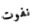
نفوت